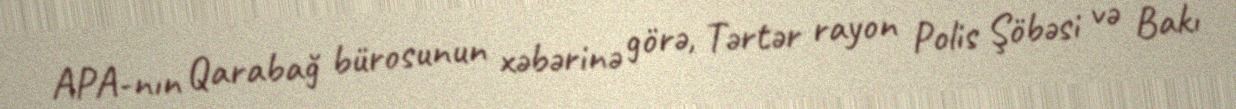
APA-nın Qarabağ bürosunun xəbərinə görə, Tərtər rayon Polis Şöbəsi və Bakı